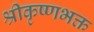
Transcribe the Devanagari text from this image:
श्रीकृष्णभक्त